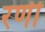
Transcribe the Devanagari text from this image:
रणीं